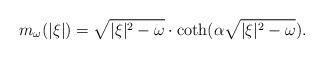
LaTeX: \begin{align*} m_\omega(|\xi|) = \sqrt{|\xi|^2 - \omega} \cdot \coth(\alpha\sqrt{|\xi|^2 - \omega}) . \end{align*}